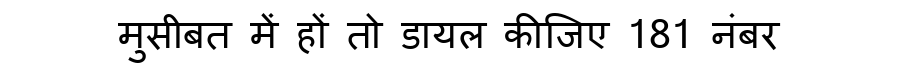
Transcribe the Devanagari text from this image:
मुसीबत में हों तो डायल कीजिए 181 नंबर